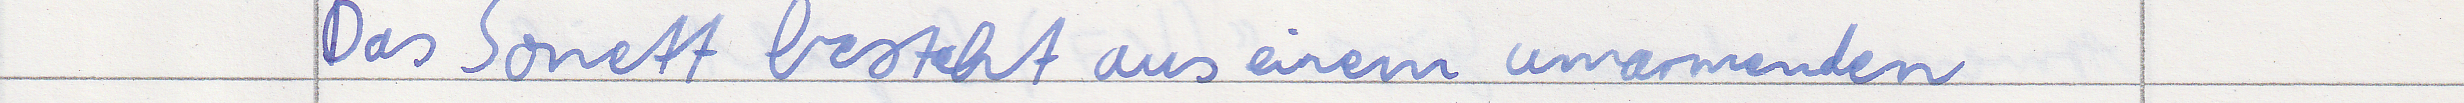
Das Sonett besteht aus einem umarmenden